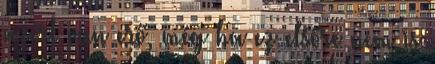
azért van erő, még ha ez elsőre nem is